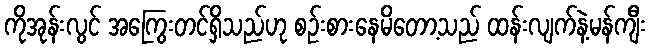
ကိုအုန်းလွင် အကြွေးတင်ရှိသည်ဟု စဉ်းစားနေမိတော့သည် ထန်းလျက်နဲ့မန်ကျီး